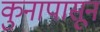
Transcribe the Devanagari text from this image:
कुनापासून